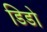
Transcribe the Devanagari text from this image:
डिडो